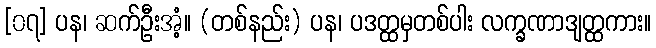
[၀၇] ပန၊ ဆက်ဦးအံ့။ (တစ်နည်း) ပန၊ ပဒတ္ထမှတစ်ပါး လက္ခဏာဒျတ္ထကား။